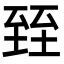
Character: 臸